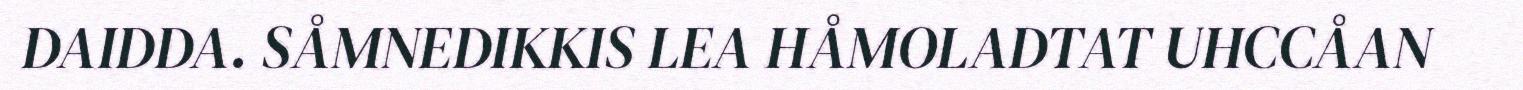
DAIDDA. SÅMNEDIKKIS LEA HÅMOLADTAT UHCCÅAN